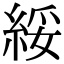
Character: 綏